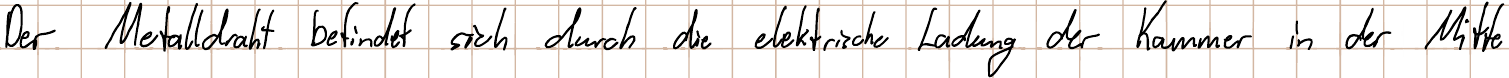
Der Metalldraht befindet sich durch die elektrische Ladung der Kammer in der Mitte